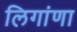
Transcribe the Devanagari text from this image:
लिगांणा